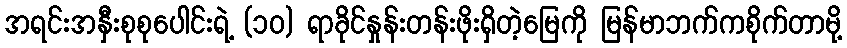
အရင်းအနှီးစုစုပေါင်းရဲ့ (၁၀) ရာခိုင်နှုန်းတန်းဖိုးရှိတဲ့မြေကို မြန်မာဘက်ကစိုက်တာမို့